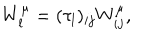
W _ { l } ^ { \mu } = ( { \tau _ { l } } ) _ { i j } W _ { i j } ^ { \mu } ,